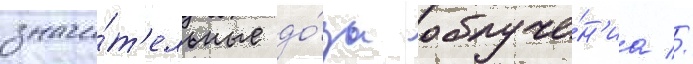
значи́т'ельные до́зы облуче́н'иа //